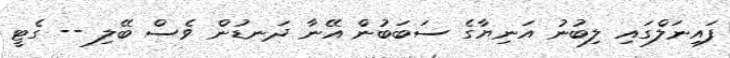
ފައިނަލްގައި ލިބުނު އަނިޔާގެ ސަބަބުން އޭނާ ދަނޑުން ވެސް ބޭލި -- ގެޓީ